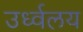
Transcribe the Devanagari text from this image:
उर्ध्वलय